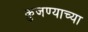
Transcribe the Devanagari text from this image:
कुजण्याच्या